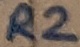
Text: R2